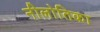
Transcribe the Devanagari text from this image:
नीलोतिका